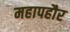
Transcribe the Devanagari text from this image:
महापहौर